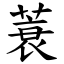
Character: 蓑